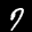
Label: 7